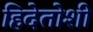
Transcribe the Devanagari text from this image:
हिदेतोशी